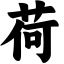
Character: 荷